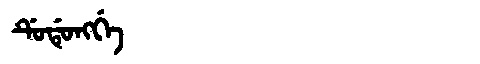
Manchu: ᡩᡠᡩᡠᠩᡤᡝ
Romanization: DUDUNGGE